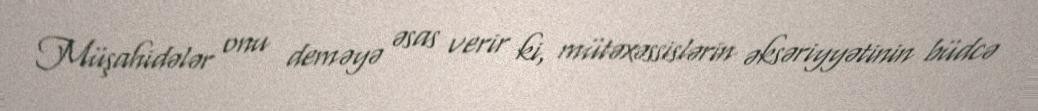
Müşahidələr onu deməyə əsas verir ki, mütəxəssislərin əksəriyyətinin büdcə